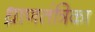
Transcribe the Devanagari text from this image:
ध्राणतंत्रिका